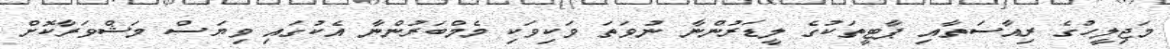
މަޖިލީހުގެ ރިއާސަތާއި ޕާޓީތަކުގެ ލީޑަރުންނާ ނުވަތަ ވަކިވަކި މެމްބަރުންނާ އެކުގައި ވިޔަސް މަޝްވަރާކޮށް